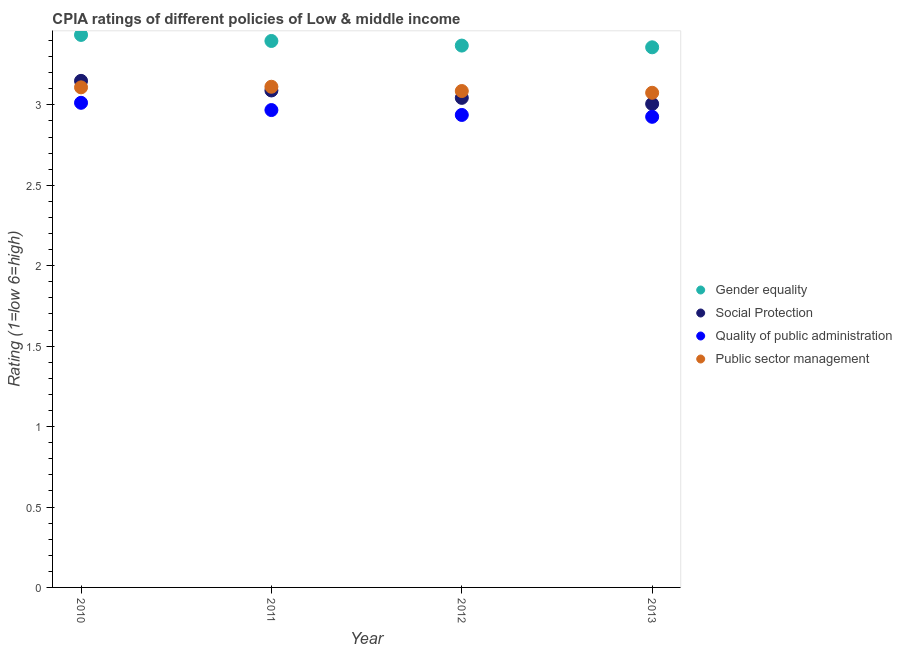
| Year | Gender equality | Social Protection | Quality of public administration | Public sector management |
 | --- | --- | --- | --- | --- |
 | 2010 | 3.44 | 3.15 | 3.01 | 3.11 |
 | 2011 | 3.4 | 3.09 | 2.97 | 3.11 |
 | 2012 | 3.37 | 3.04 | 2.94 | 3.09 |
 | 2013 | 3.36 | 3.01 | 2.93 | 3.08 |